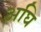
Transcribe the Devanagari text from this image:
अघि